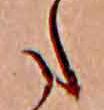
た